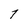
Character: 7